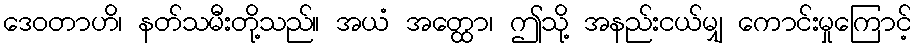
ဒေဝတာဟိ၊ နတ်သမီးတို့သည်။ အယံ အတ္ထော၊ ဤသို့ အနည်းငယ်မျှ ကောင်းမှုကြောင့်